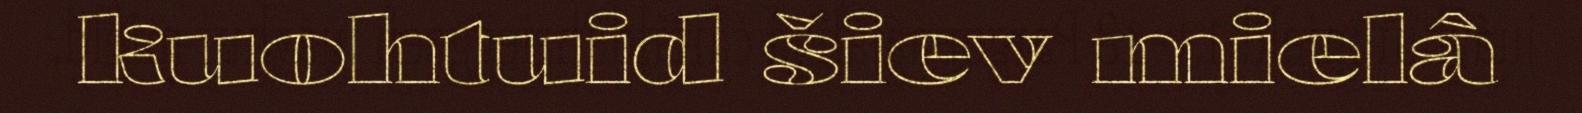
kuohtuid šiev mielâ